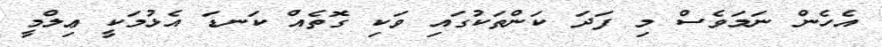
އެހެން ނަމަވެސް މި ފަދަ ކަންތަކުގައި ވަކި ގޮތެއް ކަނޑަ އެޅުމަކީ ޢިލްމީ